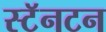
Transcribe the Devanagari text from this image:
स्टॅनटन